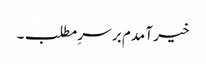
خیر آمدم بر سرِ مطلب۔